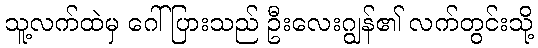
သူ့လက်ထဲမှ ဂေါ်ပြားသည် ဦးလေးဂျွန်၏ လက်တွင်းသို့